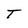
Character: T